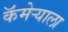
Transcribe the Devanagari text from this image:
कॅमेर्‍याला